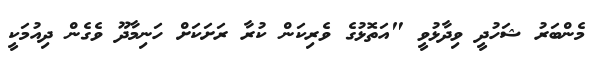
މެންބަރު ޝަހުދީ ވިދާޅުވީ "އަތޮޅުގެ ވެރިކަން ކުރާ ރަށަކަށް ހަނިމާދޫ ވެގެން ދިއުމަކީ